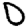
Digit: 0